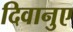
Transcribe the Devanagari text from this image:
दिवानुए